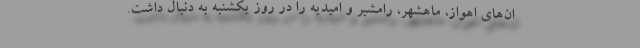
ان‌های اهواز، ماهشهر، رامشیر و امیدیه را در روز یکشنبه به دنبال داشت.